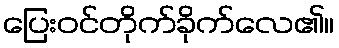
ပြေးဝင်တိုက်ခိုက်လေ၏။